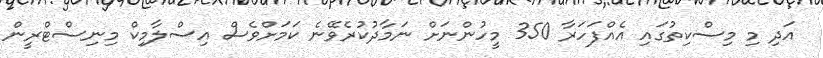
އަދި މި މިސްކިތުގައި އެއްފަހަރާ 350 މީހުންނަށް ނަމާދުކުރެވޭނެ ކަމަށްވެސް އިސްލާމިކް މިނިސްޓްރީން